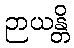
ဉာယန္တိ